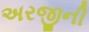
અરજીની